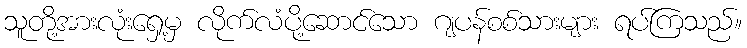
သူတို့အားလုံးရှေ့မှ လိုက်လံပို့ဆောင်သော ဂျပန်စစ်သားများ ရပ်ကြသည်။